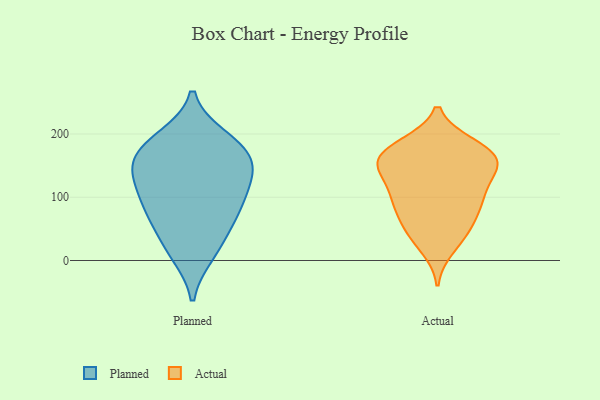
{"axis": {"x": "Production Output", "y": "Value"}, "legend": ["Actual", "Planned"], "data": [{"x": "", "y": 194, "type": "Planned"}, {"x": "", "y": 17, "type": "Planned"}, {"x": "", "y": 59, "type": "Planned"}, {"x": "", "y": 113, "type": "Planned"}, {"x": "", "y": 182, "type": "Planned"}, {"x": "", "y": 186, "type": "Planned"}, {"x": "", "y": 147, "type": "Planned"}, {"x": "", "y": 154, "type": "Planned"}, {"x": "", "y": 10, "type": "Planned"}, {"x": "", "y": 97, "type": "Planned"}, {"x": "", "y": 162, "type": "Planned"}, {"x": "", "y": 65, "type": "Planned"}, {"x": "", "y": 116, "type": "Planned"}, {"x": "", "y": 77, "type": "Planned"}, {"x": "", "y": 141, "type": "Planned"}, {"x": "", "y": 183, "type": "Actual"}, {"x": "", "y": 144, "type": "Actual"}, {"x": "", "y": 159, "type": "Actual"}, {"x": "", "y": 86, "type": "Actual"}, {"x": "", "y": 152, "type": "Actual"}, {"x": "", "y": 116, "type": "Actual"}, {"x": "", "y": 154, "type": "Actual"}, {"x": "", "y": 177, "type": "Actual"}, {"x": "", "y": 178, "type": "Actual"}, {"x": "", "y": 177, "type": "Actual"}, {"x": "", "y": 80, "type": "Actual"}, {"x": "", "y": 38, "type": "Actual"}, {"x": "", "y": 52, "type": "Actual"}, {"x": "", "y": 20, "type": "Actual"}, {"x": "", "y": 52, "type": "Actual"}, {"x": "", "y": 151, "type": "Actual"}, {"x": "", "y": 110, "type": "Actual"}, {"x": "", "y": 91, "type": "Actual"}, {"x": "", "y": 145, "type": "Actual"}, {"x": "", "y": 100, "type": "Actual"}]}